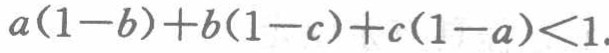
\(a(1 - b)+b(1 - c)+c(1 - a)<1\)